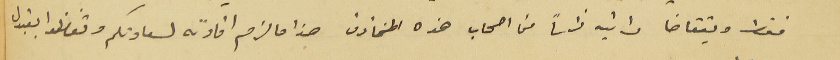
فقط ويتقاضا راتبه راساً من اصحاب هذه المخازن هذا ما لزم افادته لسعادتكم وتفضلوا بقبول